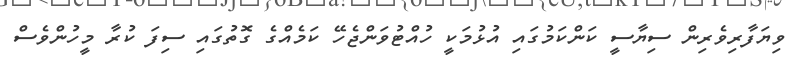
ވިޔަފާރިވެރިން ސިޔާސީ ކަންކަމުގައި އުޅުމަކީ ހުއްޓުވަންޖެހޭ ކަމެއްގެ ގޮތުގައި ސިފަ ކުރާ މީހުންވެސް